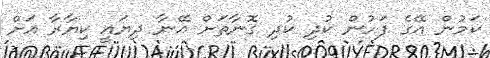
ކަމުން އޭގެ ފަހުން ކުދި ކުދި ގޮނާތަށް އޭނާ ދިޔައީ ކިޔާރާ އަށް